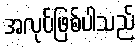
အလုပ်ဖြစ်ပါသည်